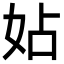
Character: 㚲